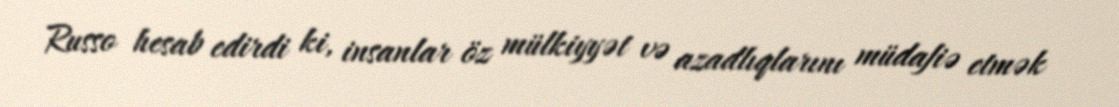
Russo hesab edirdi ki, insanlar öz mülkiyyət və azadlıqlarını müdafiə etmək